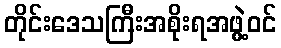
တိုင်းဒေသကြီးအစိုးရအဖွဲ့ဝင်